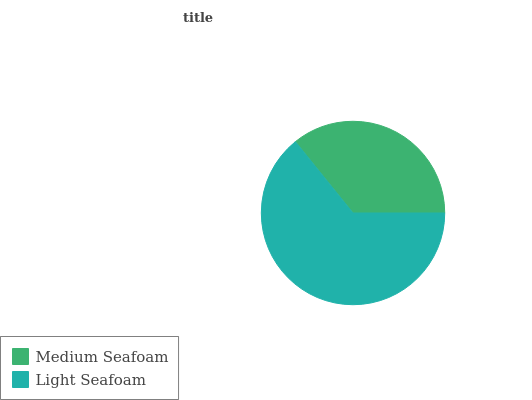
| Medium Seafoam | Light Seafoam |
 | --- | --- |
 | 35.8% | 64.2% |